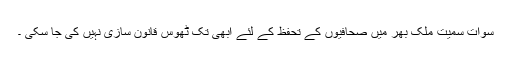
سوات سمیت ملک بھر میں صحافیوں کے تحفظ کے لئے ابھی تک ٹھوس قانون سازی نہیں کی جا سکی ۔